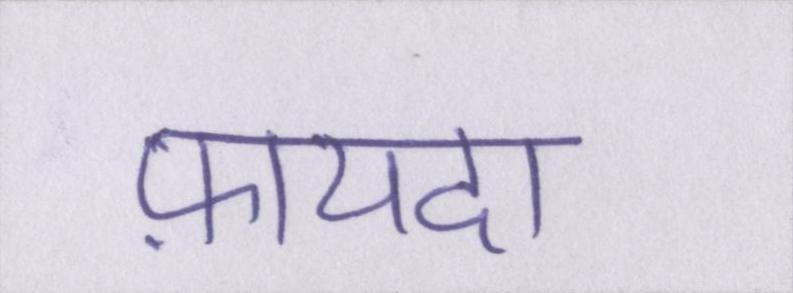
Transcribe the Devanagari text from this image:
फ़ायदा